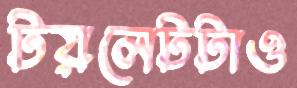
টয়লেটটাও